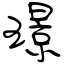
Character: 璟